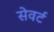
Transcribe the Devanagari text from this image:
सेवर्ट